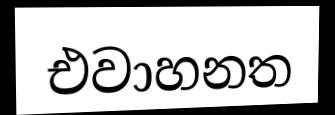
එවාහනත